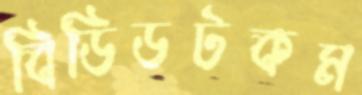
বিডিডটকম